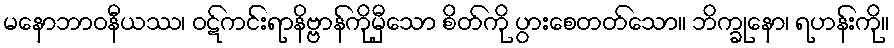
မနောဘာဝနီယဿ၊ ဝဋ်ကင်းရာနိဗ္ဗာန်ကိုမှီသော စိတ်ကို ပွားစေတတ်သော။ ဘိက္ခုနော၊ ရဟန်းကို။